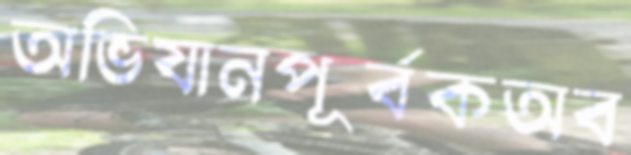
অভিযানপূর্বকঅব